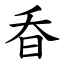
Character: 昋